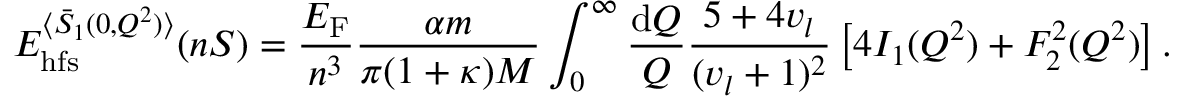
E _ { \mathrm { h f s } } ^ { \langle \bar { S } _ { 1 } ( 0 , Q ^ { 2 } ) \rangle } ( n S ) = \frac { E _ { \mathrm { F } } } { n ^ { 3 } } \frac { \alpha m } { \pi ( 1 + \kappa ) M } \int _ { 0 } ^ { \infty } \frac { \mathrm { d } Q } { Q } \frac { 5 + 4 v _ { l } } { ( v _ { l } + 1 ) ^ { 2 } } \left[ 4 I _ { 1 } ( Q ^ { 2 } ) + F _ { 2 } ^ { 2 } ( Q ^ { 2 } ) \right] .